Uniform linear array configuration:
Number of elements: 32
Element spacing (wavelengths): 0.25
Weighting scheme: hamming
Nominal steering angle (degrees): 45
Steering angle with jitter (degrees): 45.486
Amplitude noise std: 0.05
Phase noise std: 0.05

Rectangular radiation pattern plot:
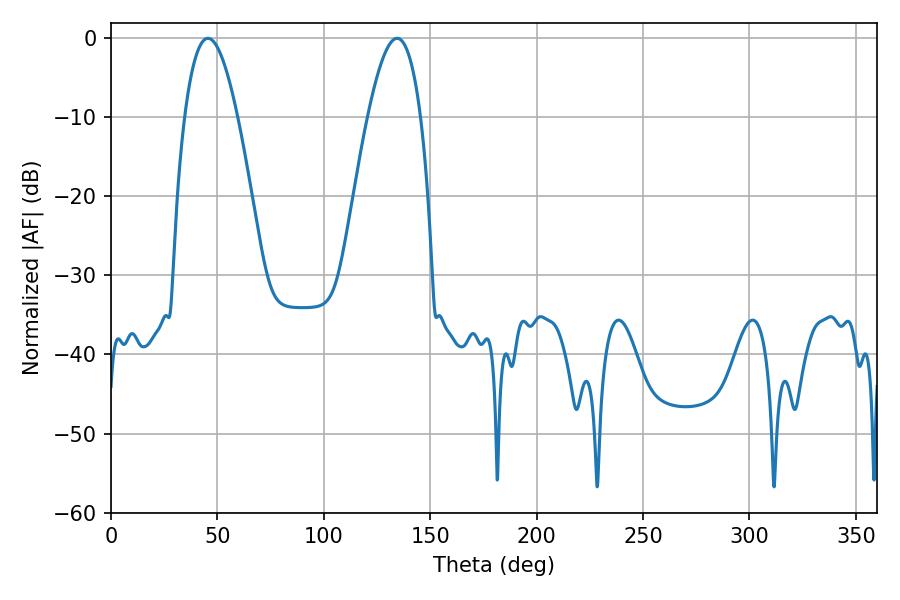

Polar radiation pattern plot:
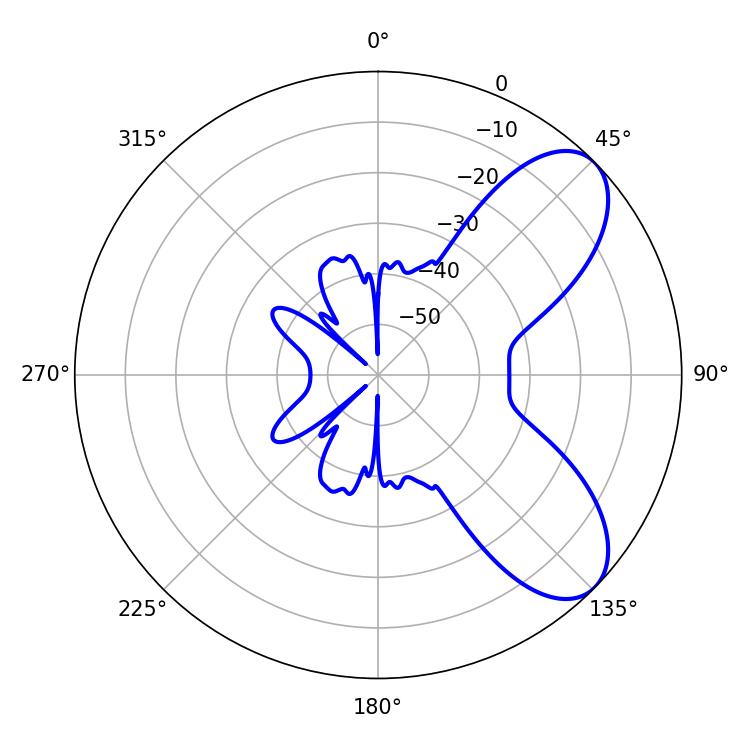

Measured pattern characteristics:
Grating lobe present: FALSE
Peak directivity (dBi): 7.337
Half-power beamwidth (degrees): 13.5
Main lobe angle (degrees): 45.54